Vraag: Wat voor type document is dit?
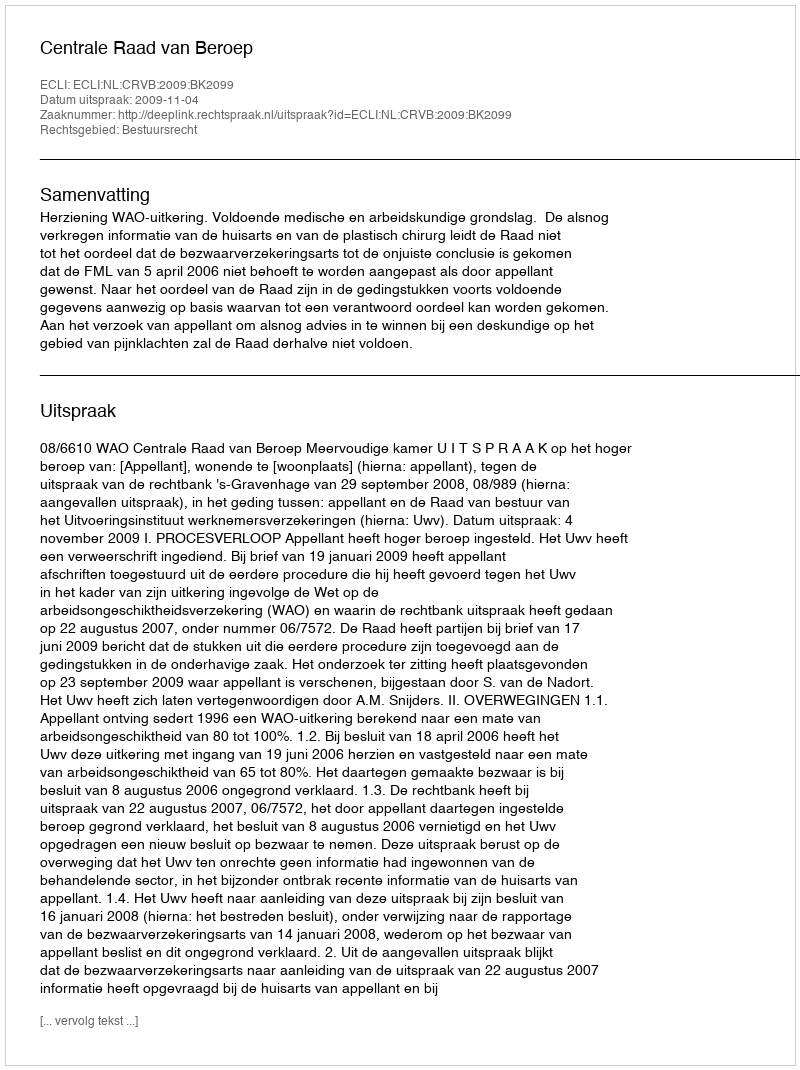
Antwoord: Uitspraak